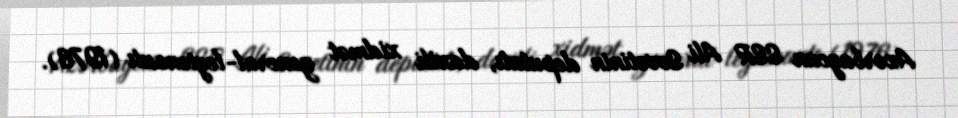
Azərbaycan SSR Ali Sovetinin deputatı, daxili xidmət general-leytenantı (1976).